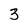
Character: 3